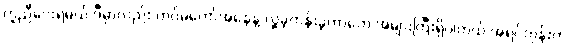
ကူညီပေးရမယ် ဒီမှာလည်း တပ်မတော်အနေနဲ့ လှူခဲ့တန်းခဲ့တာတွေ အများကြီးရှိပါတယ် အရင်တုန်းက